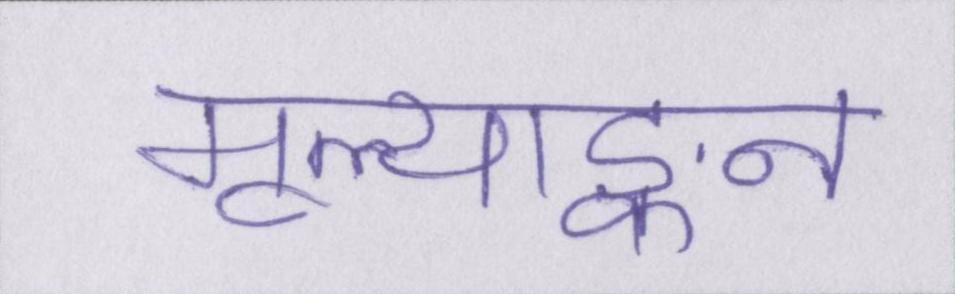
मूल्याङ्कन